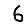
Digit: 6